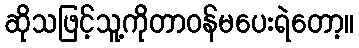
ဆိုသဖြင့်သူ့ကိုတာဝန်မပေးရဲတော့။